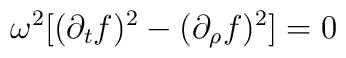
\omega^2 [ (\partial_t f)^2 - (\partial_\rho f)^2 ] = 0